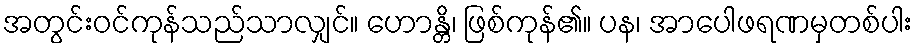
အတွင်းဝင်ကုန်သည်သာလျှင်။ ဟောန္တိ၊ ဖြစ်ကုန်၏။ ပန၊ အာပေါဖရဏမှတစ်ပါး